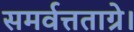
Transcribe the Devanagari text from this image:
समर्वत्तताग्रे।